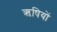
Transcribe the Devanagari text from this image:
ऋषियों